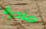
صادرة